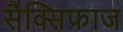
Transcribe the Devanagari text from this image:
सैक्सिफ्राज